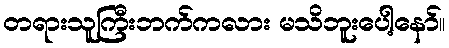
တရားသူကြီးဘက်ကလား မသိဘူးပေါ့နော်။